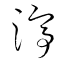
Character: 渟